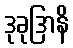
ဒုခုဒြာနိ